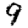
Digit: 9